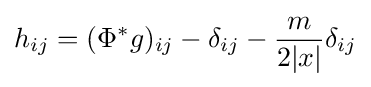
h_{ij}=(\Phi ^{\ast }g)_{ij}-\delta _{ij}-{\frac {m}{2|x|}}\delta _{ij}